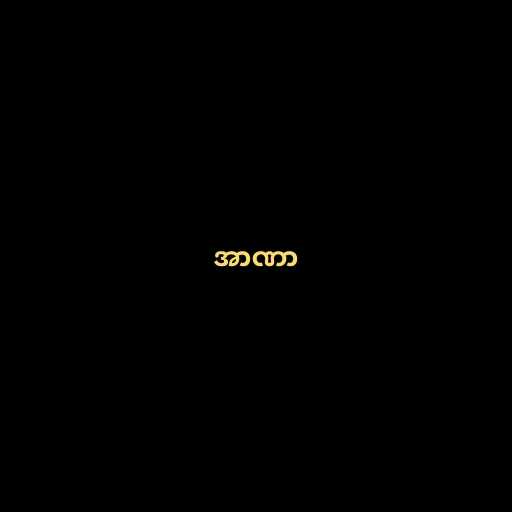
အာဏာ